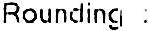
ROUNDING :